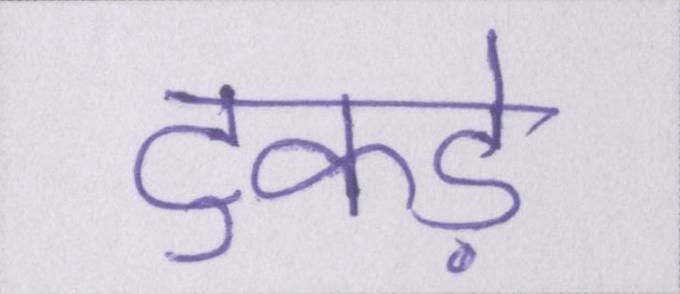
टुकड़े